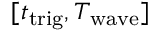
[ t _ { \mathrm { t r i g } } , T _ { \mathrm { w a v e } } ]